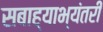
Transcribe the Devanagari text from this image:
सबाह्याभ्यंतरीं